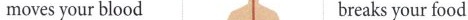
moves your blood 8 breaks your food